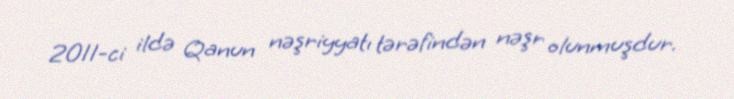
2011-ci ildə Qanun nəşriyyatı tərəfindən nəşr olunmuşdur.